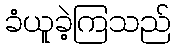
ခံယူခဲ့ကြသည်